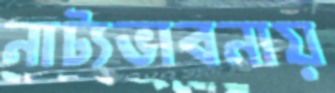
নাট্যভাবনায়